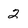
Character: 2